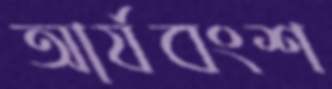
আর্যবংশ